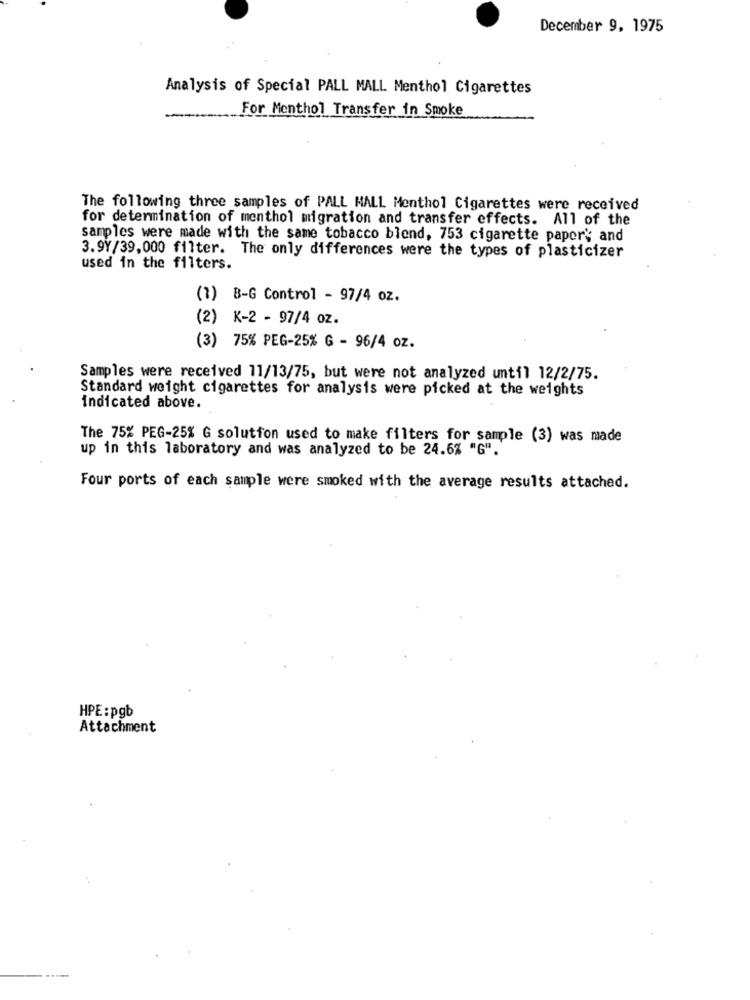
December 9, 1975
Analysis of Special PALL MALL Menthol Cigarettes
For Menthol Transfer in Smoke
The following three samples of PALL MALL Monthol Cigarettes were received
for determination of menthol migration and transfer effects. All of the
samples were made with the same tobacco blend, 753 cigarette paper'; and
3.9Y/39,000 filter. The only differences were the types of plasticizer
used in the filters.
(1) B-G Control - 97/4 oz.
(2) K-2 - 97/4 oz.
(3) 75% PEG-25% G - 96/4 oz.
Samples were received 11/13/75, but were not analyzed until 12/2/75.
Standard weight cigarettes for analysis were picked at the weights
indicated above.
The 75% PEG-25% G solution used to make filters for sample (3) was made
up in this laboratory and was analyzed to be 24.6% "G".
Four ports of each sample were smoked with the average results attached.
HPE: pgb
Attachment